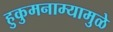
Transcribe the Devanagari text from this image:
हुकुमनाम्यामुळे